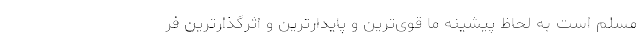
مسلم است به لحاظ پیشینه ما قوی‌ترین و پایدارترین و اثرگذارترین فر